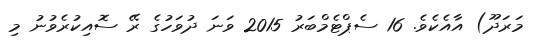
މަރަދޫ) އާއެކެވެ. 16 ސެޕްޓެމްބަރު 2015 ވަނަ ދުވަހުގެ ރޭ ސޮއިކުރެވުނު މި